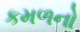
કમળનો